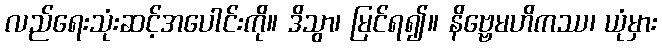
လည်ရေးသုံးဆင့်အပေါင်းကို။ ဒိသွာ၊ မြင်ရ၍။ နိဗ္ဗေမဟိကဿ၊ ယုံမှား